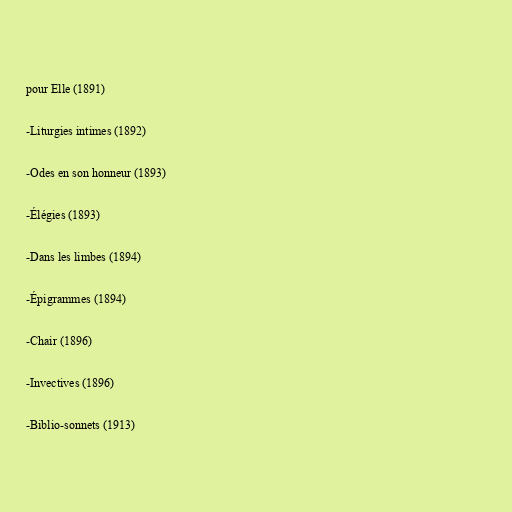
pour Elle (1891)

-Liturgies intimes (1892)

-Odes en son honneur (1893)

-Élégies (1893)

-Dans les limbes (1894)

-Épigrammes (1894)

-Chair (1896)

-Invectives (1896)

-Biblio-sonnets (1913)